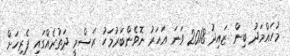
މުހައްމަދު ބިން ޒައިދު 2018 ވަނަ އަހަރު ނޮވެންބަރުމަހު ރަސްމީ ދަތުރެއްގައި ޕެރިހަށް